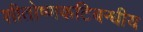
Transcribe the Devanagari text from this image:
शीतोष्णकटिबन्धीय